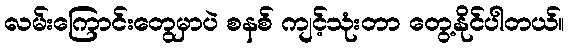
လမ်းကြောင်းတွေမှာပဲ စနစ် ကျင့်သုံးတာ တွေ့နိုင်ပါတယ်။